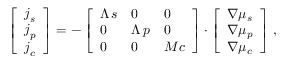
\left[ \begin{array} { l } { \boldsymbol { j } _ { s } } \\ { \boldsymbol { j } _ { p } } \\ { \boldsymbol { j } _ { c } } \end{array} \right] = - \left[ \begin{array} { l l l } { \Lambda \, s } & { 0 } & { 0 } \\ { 0 } & { \Lambda \, p } & { 0 } \\ { 0 } & { 0 } & { M c } \end{array} \right] \cdot \left[ \begin{array} { l } { \boldsymbol \nabla \mu _ { s } } \\ { \boldsymbol \nabla \mu _ { p } } \\ { \boldsymbol \nabla \mu _ { c } } \end{array} \right] \, ,